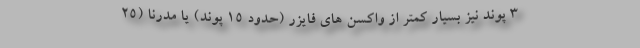
۳ پوند نیز بسیار کمتر از واکسن های فایزر (حدود ۱۵ پوند) یا مدرنا (۲۵